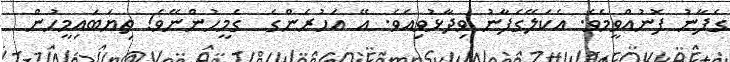
ގެފާނު ފޮނުއްވީމެވެ. އެކަލޭގެފާނު ވިދާޅުވިއެވެ. އޭ އަހުރެންގެ  ގެމީހުންނޭވެ! ތިޔަބައިމީހުން